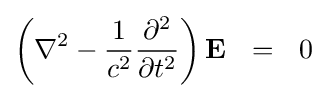
\left(\nabla ^{2}-{1 \over {c}^{2}}{\partial ^{2} \over \partial t^{2}}\right)\mathbf {E} \ \ =\ \ 0